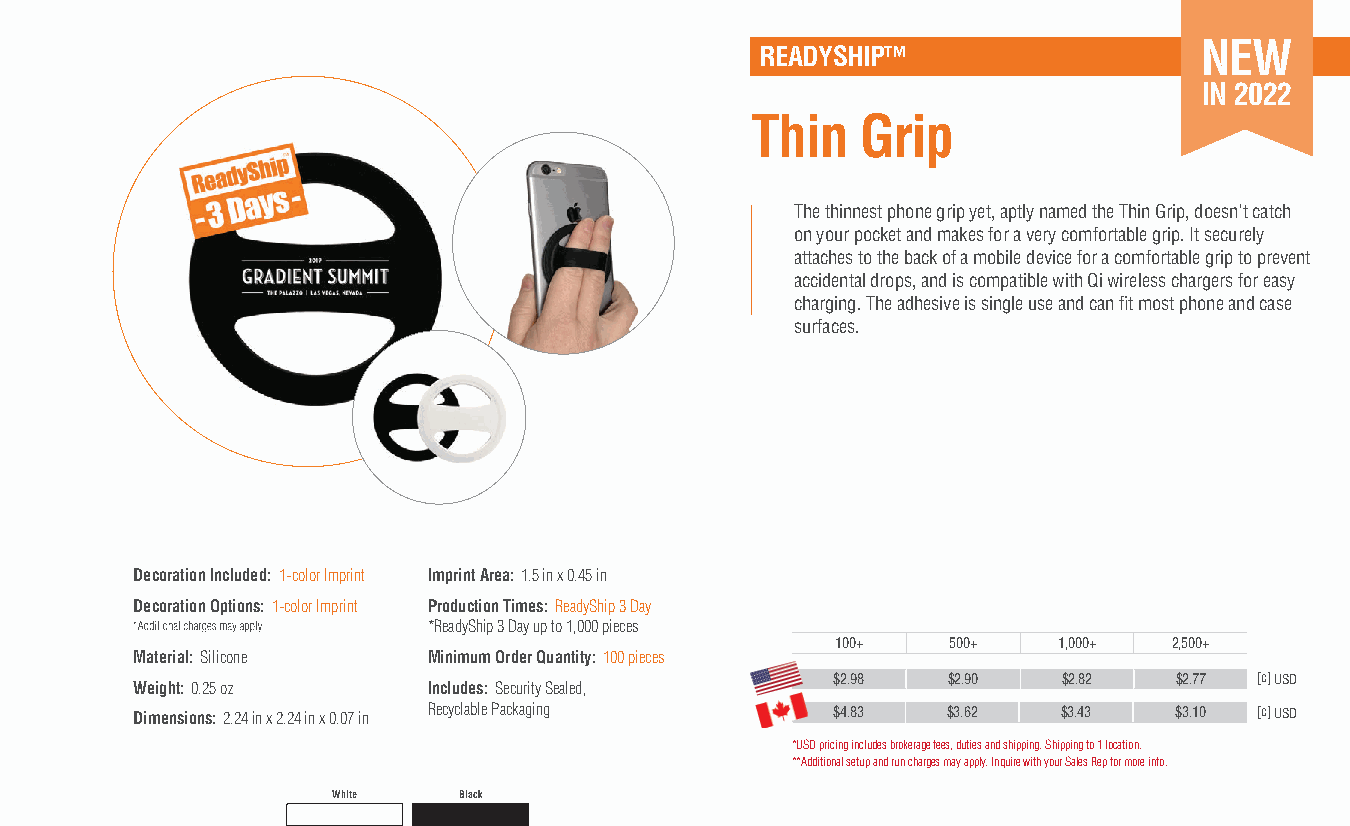
NEW
 READYSHIP™
 IN 2022
 Thin   Grip
 The thinnest phone grip yet, aptly named the Thin Grip, doesn't catch
 on your pocket and makes for a very comfortable grip. It securely
 attaches to the back of a mobile device for a comfortable grip to prevent
 accidental drops, and is compatible with Qi wireless chargers for easy
 charging. The adhesive is single use and can fit most phone and case
 surfaces.
 Decoration Included: 1-color Imprint Imprint Area: 1.5 in x 0.45 in
 Decoration Options: 1-color Imprint Production Times: ReadyShip 3 Day
 *ReadyShip 3 Day up to 1,000 pieces
 100+    500+   1,000+  2,500+
 Material: Silicone Minimum Order Quantity: 100 pieces
 $2.98   $2.90  $2.82   $2.77 [c] USD
 Weight: 0.25 oz    Includes: Security Sealed,
 Dimensions: 2.24 in x 2.24 in x 0.07 in Recyclable Packaging $4.83 $3.62 $3.43 $3.10 [c] USD
 *USD pricing includes brokerage fees, duties and shipping. Shipping to 1 location.
 **Additional setup and run charges may apply. Inquire with your Sales Rep for more info.
 White   Black